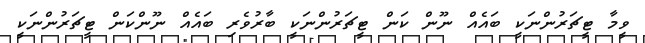
ވީމާ ޓީޗަރުންނަކީ ބައެއް ނޫން ކަން ޓީޗަރުންނަކީ ބާރުވެރި ބައެއް ނޫންކަން ޓީޗަރުންނަކީ